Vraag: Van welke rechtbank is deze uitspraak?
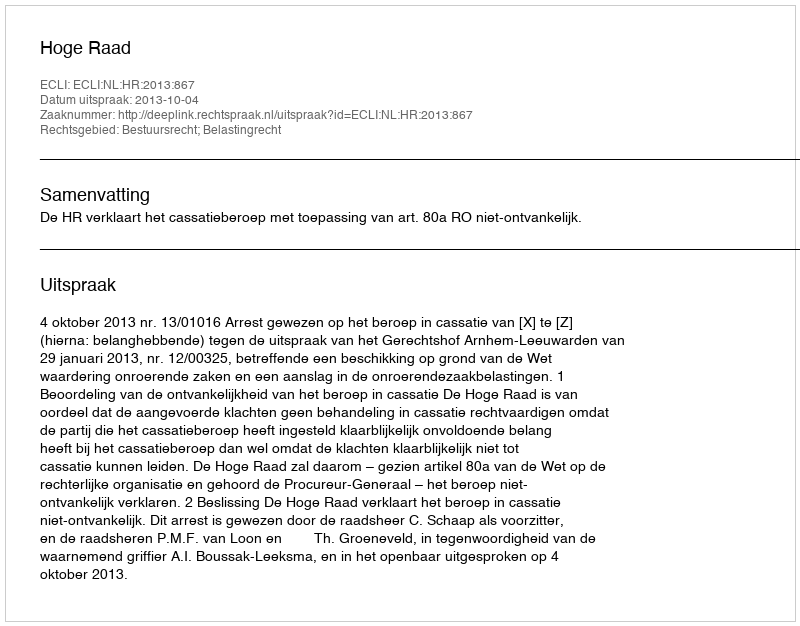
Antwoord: Hoge Raad